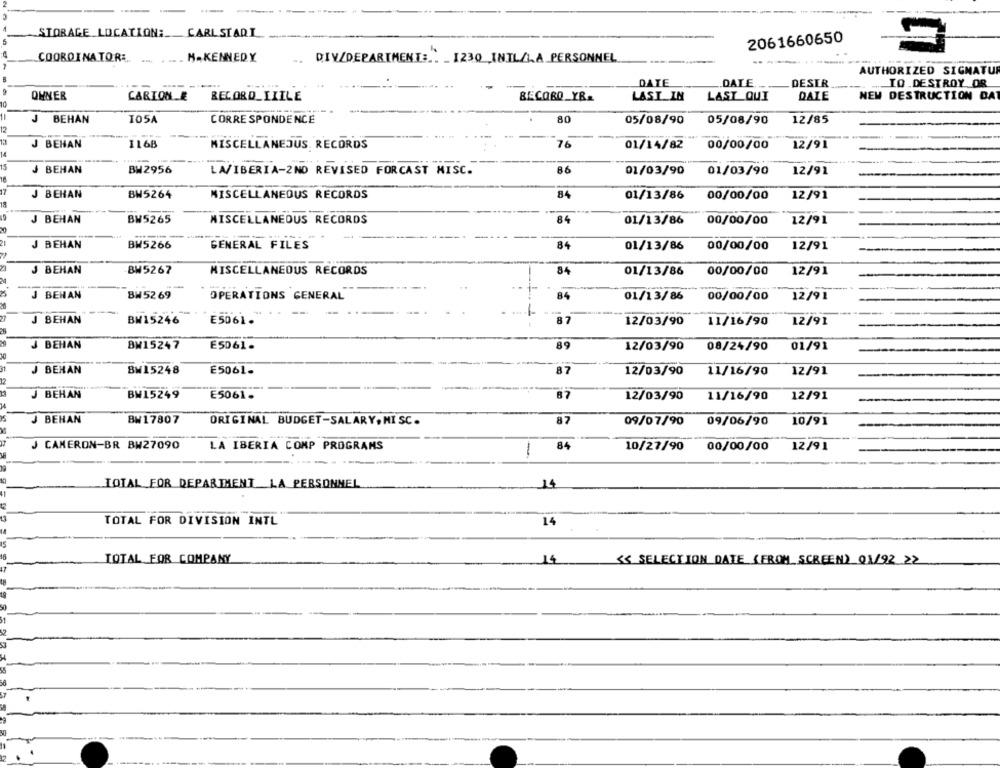
STORAGE_LOCATION :_ CARLSTADT
2061660650
COORDINATORE.
H.KENNEDY
DIV/DEPARTMENT :.: _ 1230 INIL/LA PERSONNEL
AUTHORIZED SIGNATUR
DATE
DATE
DESER
TO DESTROY OR
OWNER
CARION & RECORD_LIILE
BECORO_YR.
LAST_ IN
LAST QUI
DALE
NEW DESTRUCTION DAT
J BEHAN
I05A
CORRESPONDENCE
80
05/08/90
05/08/90
12/85
12
J BEHAN
IL68
MISCELLANEOUS. RECORDS
76
01/14/82 00/00/00
12/91
15
J BEHAN
BW2956
86
01/03/90
LAVIBERIA-2ND REVISED FORCAST MISC.
01/03/90
12/91
J BEHAN
BW5264
MISCELLANEOUS RECORDS
84
01/13/86
00/00/00
12/91
J BEHAN
BW5265
MISCELLANEOUS RECORDS
84
01/13/86
00/00/00
12/91
20
J BEHAN
BW5266
GENERAL FILES
84
01/13/86
00/00/00
12/91
J BEHAN
84
BW5267
MISCELLANEOUS RECORDS
01/13/86
00/00/00
12/91
1-
J BEHAN
BH5269
OPERATIONS GENERAL
84
01/13/86
00/00/00
12/91
J BEHAN
BW15246
E5061.
87
12/03/90
11/16/90
12/91
J BEHAN
BW15247
E5061.
89
08/24/90
01/91
12/03/90
J BEHAN
BW15248
E5061.
87
12/03/90
11/16/90
12/91
J BEHAN
BW15249
E5061.
87
12/03/90
11/16/90
12/91
J BEHAN
BW17807
ORIGINAL BUDGET-SALARY, NI SC.
87
09/07/90
09/06/90
10/91
J CAMERON-BR BW27090
84
LA IBERIA COMP PROGRAMS
1
10/27/90
00/00/00
12/91
TOTAL FOR DEPARTMENT LA PERSONNEL
14
TOTAL FOR DIVISION INTL
14
TOTAL FOR COMPANY
14
<< SELECTION DATE (FROM SCREEN) 01/92 22